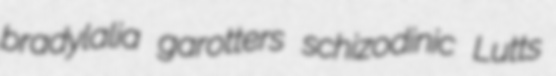
bradylalia garotters schizodinic Lutts